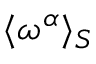
\langle \omega ^ { \alpha } \rangle _ { S }